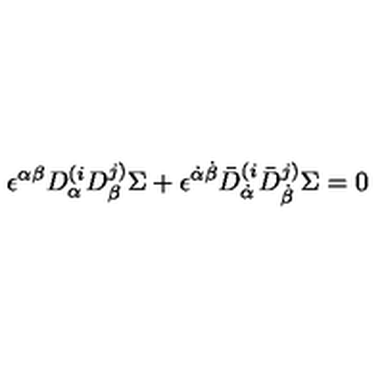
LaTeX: \epsilon ^ { \alpha \beta } D _ { \alpha } ^ { ( i } D _ { \beta } ^ { j ) } \Sigma + \epsilon ^ { \dot { \alpha } \dot { \beta } } \bar { D } _ { \dot { \alpha } } ^ { ( i } \bar { D } _ { \dot { \beta } } ^ { j ) } \Sigma = 0